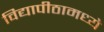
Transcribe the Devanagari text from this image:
विद्यापीठामध्‍ये